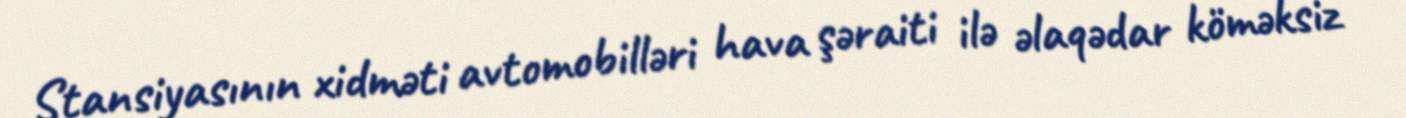
Stansiyasının xidməti avtomobilləri hava şəraiti ilə əlaqədar köməksiz